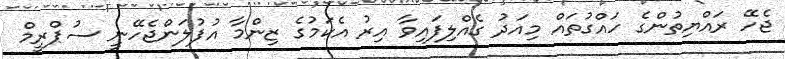
ޖެހޭ ރައްޔިތުންގެ ހައްގުތައް މިއަދު ގެއްލިފައިވާ އިރު އެކަމުގެ ޒިންމާ އުފުލަންޖެހޭނީ ސުޕްރީމް